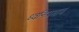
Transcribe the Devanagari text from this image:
ध्वनिप्रभाव